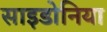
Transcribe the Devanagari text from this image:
साइडोनिया